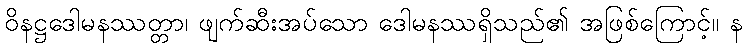
ဝိနဋ္ဌဒေါမနဿတ္တာ၊ ဖျက်ဆီးအပ်သော ဒေါမနဿရှိသည်၏ အဖြစ်ကြောင့်။ န